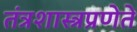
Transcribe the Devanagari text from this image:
तंत्रशास्त्रप्रणेते